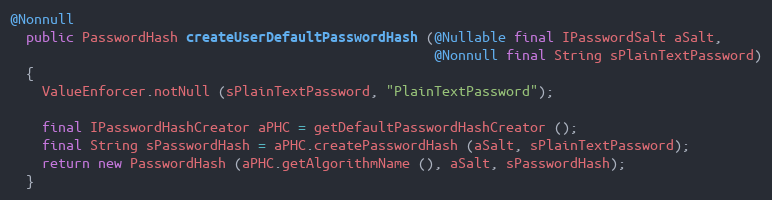
Language: Java
@Nonnull
  public PasswordHash createUserDefaultPasswordHash (@Nullable final IPasswordSalt aSalt,
                                                     @Nonnull final String sPlainTextPassword)
  {
    ValueEnforcer.notNull (sPlainTextPassword, "PlainTextPassword");

    final IPasswordHashCreator aPHC = getDefaultPasswordHashCreator ();
    final String sPasswordHash = aPHC.createPasswordHash (aSalt, sPlainTextPassword);
    return new PasswordHash (aPHC.getAlgorithmName (), aSalt, sPasswordHash);
  }